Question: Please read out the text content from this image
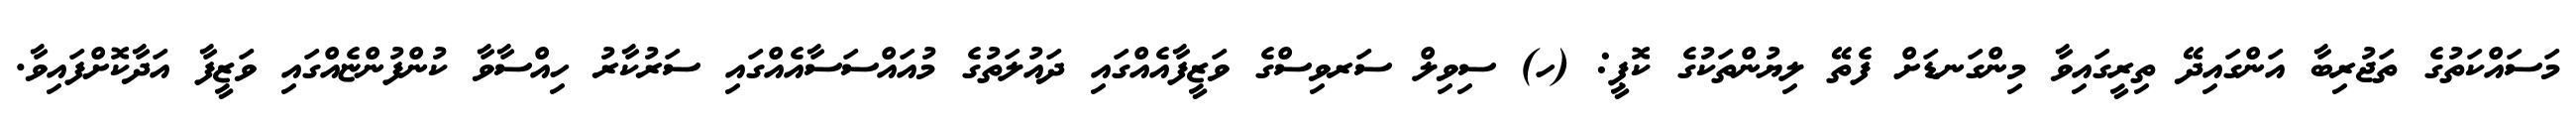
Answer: މަސައްކަތުގެ ތަޖުރިބާ އަންގައިދޭ ތިރީގައިވާ މިންގަނޑަށް ފެތޭ ލިޔުންތަކުގެ ކޮޕީ: (ހ) ސިވިލް ސަރވިސްގެ ވަޒީފާއެއްގައި ދައުލަތުގެ މުއައްސަސާއެއްގައި ސަރުކާރު ހިއްސާވާ ކުންފުންޏެއްގައި ވަޒީފާ އަދާކޮށްފައިވާ.